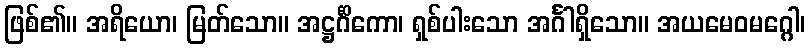
ဖြစ်၏။ အရိယော၊ မြတ်သော။ အဋ္ဌင်္ဂိကော၊ ရှစ်ပါးသော အင်္ဂါရှိသော။ အယမေဝမဂ္ဂေါ၊